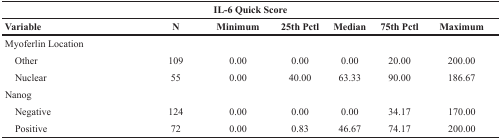
| <COLSPAN=7> IL-6 Quick Score |
 | Variable | N | Minimum | 25th Pctl | Median | 75th Pctl | Maximum |
 | --- | --- | --- | --- | --- | --- | --- |
 | Myoferlin Location |  |  |  |  |  |  |
 | Other | 109 | 0.00 | 0.00 | 0.00 | 20.00 | 200.00 |
 | Nuclear | 55 | 0.00 | 40.00 | 63.33 | 90.00 | 186.67 |
 | Nanog |  |  |  |  |  |  |
 | Negative | 124 | 0.00 | 0.00 | 0.00 | 34.17 | 170.00 |
 | Positive | 72 | 0.00 | 0.83 | 46.67 | 74.17 | 200.00 |